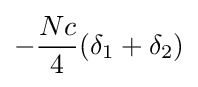
-{\frac {Nc}{4}}(\delta _{1}+\delta _{2})